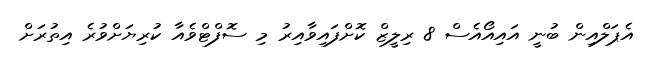
އެޕަލްއިން ބުނީ އައިއޯއެސް 8 ރިލީޒް ކޮށްފައިވާއިރު މި ސޮފްޓްވެއާ ކުރިޔަށްވުރެ އިތުރަށް